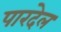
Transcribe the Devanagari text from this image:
पारदेल